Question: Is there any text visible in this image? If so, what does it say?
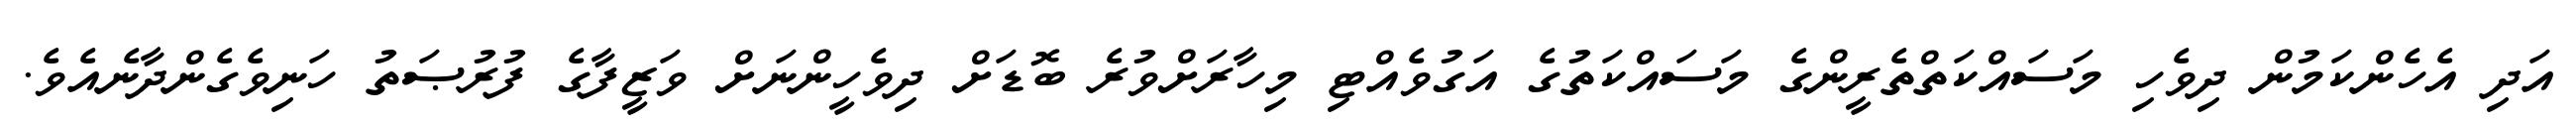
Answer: އަދި އެހެންކަމުން ދިވެހި މަސައްކަތްތެރީންގެ މަސައްކަތުގެ އަގުވެއްޓި މިހާރަށްވުރެ ބޮޑަށް ދިވެހީންނަށް ވަޒީފާގެ ފުރުޞަތު ހަނިވެގެންދާނެއެވެ.